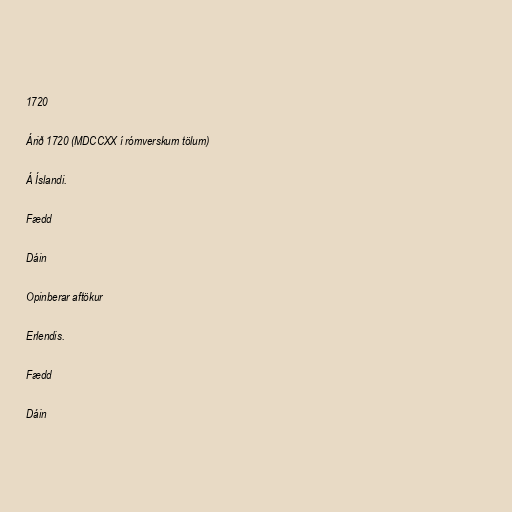
1720

Árið 1720 (MDCCXX í rómverskum tölum)

Á Íslandi.

Fædd

Dáin

Opinberar aftökur

Erlendis.

Fædd

Dáin